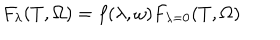
F _ { \lambda } ( T , \Omega ) = f ( \lambda , \omega ) F _ { \lambda = 0 } ( T , \Omega )